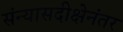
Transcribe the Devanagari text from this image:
संन्यासदीक्षेनंतर